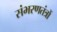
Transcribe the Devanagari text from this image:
संभरणतंत्रों